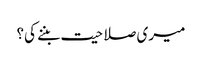
میری صلاحیت بننے کی؟